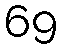
69